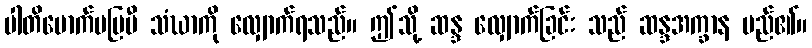
ပါတိမောက်မပြမီ သံဃာကို လျှောက်ရသည်။ ဤသို့ ဆန္ဒ လျှောက်ခြင်း သည် ဆန္ဒအက္ခာန မည်၏။